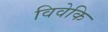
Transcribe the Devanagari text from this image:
विवेकि